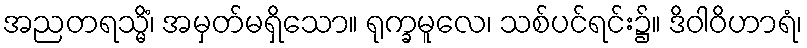
အညတရသ္မိံ၊ အမှတ်မရှိသော။ ရုက္ခမူလေ၊ သစ်ပင်ရင်း၌။ ဒိဝါဝိဟာရံ၊